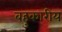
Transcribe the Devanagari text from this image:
बहुकारीय